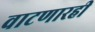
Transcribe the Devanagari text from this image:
वाटणारही